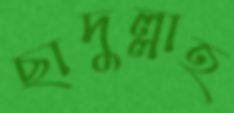
ছাদুল্লাহ